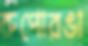
রুপোরঙা